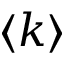
\langle k \rangle